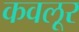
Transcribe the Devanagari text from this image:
कवलूर